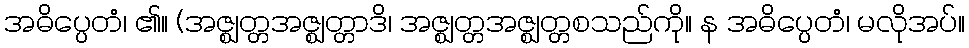
အဓိပ္ပေတံ၊ ၏။ (အဇ္ဈတ္တအဇ္ဈတ္တာဒိ၊ အဇ္ဈတ္တအဇ္ဈတ္တစသည်ကို။ န အဓိပ္ပေတံ၊ မလိုအပ်။